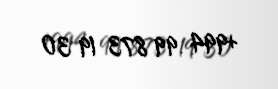
+994 99 873 19 30